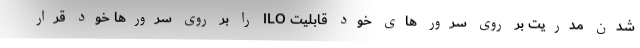
شدن مدریت بر روی سرور های خود قابلیت ILO را بر روی سرورها خود قرار